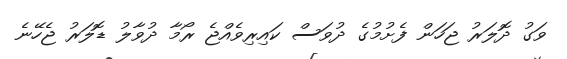
ވަގު ދޮލަރު ޖަހަން ފެށުމުގެ ދުވަސް ކައިރިވެއްޖެ ރޯމާ ދުވާލު ޑޮލަރު ޖެހޭނެ